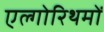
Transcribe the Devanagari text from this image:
एल्गोरिथमों